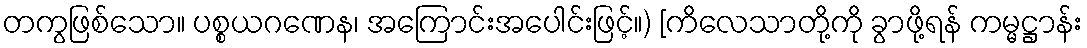
တကွဖြစ်သော။ ပစ္စယဂဏေန၊ အကြောင်းအပေါင်းဖြင့်။) [ကိလေသာတို့ကို ခွာဖို့ရန် ကမ္မဋ္ဌာန်း